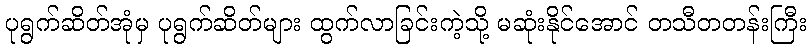
ပုရွက်ဆိတ်အုံမှ ပုရွက်ဆိတ်များ ထွက်လာခြင်းကဲ့သို့ မဆုံးနိုင်အောင် တသီတတန်းကြီး